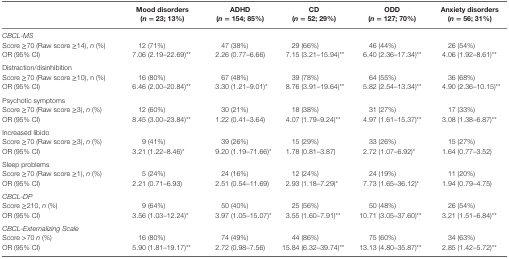
<table><thead><tr><td></td><td><b>Mood disorders (<i>n</i> = 23; 13%)</b></td><td><b>ADHD (<i>n</i> = 154; 85%)</b></td><td><b>CD (<i>n</i> = 52; 29%)</b></td><td><b>ODD (<i>n</i> = 127; 70%)</b></td><td><b>Anxiety disorders (<i>n</i> = 56; 31%)</b></td></tr></thead><tbody><tr><td colspan="6"><i>CBCL-MS</i></td></tr><tr><td>Score ≥70 (Raw score ≥14), <i>n</i> (%)</td><td>12 (71%)</td><td>47 (38%)</td><td>29 (66%)</td><td>46 (44%)</td><td>26 (54%)</td></tr><tr><td>OR (95% CI)</td><td>7.06 (2.19–22.69)**</td><td>2.26 (0.77–6.66)</td><td>7.15 (3.21–15.94)**</td><td>6.40 (2.36–17.34)**</td><td>4.06 (1.92–8.61)**</td></tr><tr><td>Distraction/disinhibition</td><td colspan="5"></td></tr><tr><td>Score ≥70 (Raw score ≥10), n (%)</td><td>16 (80%)</td><td>67 (48%)</td><td>39 (78%)</td><td>64 (55%)</td><td>36 (68%)</td></tr><tr><td>OR (95% CI)</td><td>6.46 (2.00–20.84)**</td><td>3.30 (1.21–9.01)*</td><td>8.76 (3.91–19.64)**</td><td>5.82 (2.54–13.34)**</td><td>4.90 (2.36–10.15)**</td></tr><tr><td>Psychotic symptoms</td><td colspan="5"></td></tr><tr><td>Score ≥70 (Raw score ≥3), <i>n</i> (%)</td><td>12 (60%)</td><td>30 (21%)</td><td>18 (38%)</td><td>31 (27%)</td><td>17 (33%)</td></tr><tr><td>OR (95% CI)</td><td>8.45 (3.00–23.84)**</td><td>1.22 (0.41–3.64)</td><td>4.07 (1.79–9.24)**</td><td>4.97 (1.61–15.37)**</td><td>3.08 (1.38–6.87)**</td></tr><tr><td>Increased libido</td><td colspan="5"></td></tr><tr><td>Score ≥70 (Raw score ≥3), <i>n</i> (%)</td><td>9 (41%)</td><td>39 (26%)</td><td>15 (29%)</td><td>33 (26%)</td><td>15 (27%)</td></tr><tr><td>OR (95% CI)</td><td>3.21 (1.22–8.46)*</td><td>9.20 (1.19–71.66)*</td><td>1.78 (0.81–3.87)</td><td>2.72 (1.07–6.92)*</td><td>1.64 (0.77–3.52)</td></tr><tr><td>Sleep problems</td><td colspan="5"></td></tr><tr><td>Score ≥70 (Raw score ≥1), <i>n</i> (%)</td><td>5 (24%)</td><td>24 (16%)</td><td>12 (24%)</td><td>24 (19%)</td><td>11 (20%)</td></tr><tr><td>OR (95% CI)</td><td>2.21 (0.71–6.93)</td><td>2.51 (0.54–11.69)</td><td>2.93 (1.18–7.29)*</td><td>7.73 (1.65–36.12)*</td><td>1.94 (0.79–4.75)</td></tr><tr><td colspan="6"><i>CBCL-DP</i></td></tr><tr><td>Score ≥210, <i>n</i> (%)</td><td>9 (64%)</td><td>50 (40%)</td><td>25 (56%)</td><td>50 (48%)</td><td>26 (54%)</td></tr><tr><td>OR (95% CI)</td><td>3.56 (1.03–12.24)*</td><td>3.97 (1.05–15.07)*</td><td>3.55 (1.60–7.91)**</td><td>10.71 (3.05–37.60)**</td><td>3.21 (1.51–6.84)**</td></tr><tr><td colspan="6"><i>CBCL-Externalizing Scale</i></td></tr><tr><td>Score &gt;70 <i>n</i> (%)</td><td>16 (80%)</td><td>74 (49%)</td><td>44 (86%)</td><td>75 (60%)</td><td>34 (63%)</td></tr><tr><td>OR (95% CI)</td><td>5.90 (1.81–19.17)**</td><td>2.72 (0.98–7.56)</td><td>15.84 (6.32–39.74)**</td><td>13.13 (4.80–35.87)**</td><td>2.85 (1.42–5.72)**</td></tr></tbody></table>